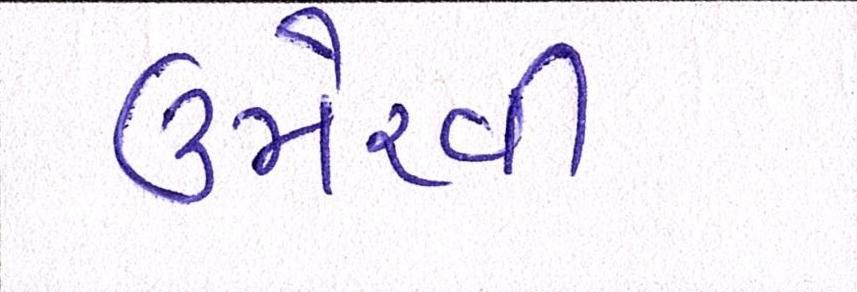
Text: ઉમેરવી